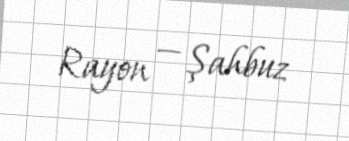
Rayon — Şahbuz